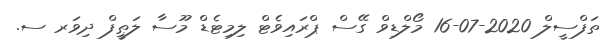
ތަފްސީލް 2020-07-16 މޯލްޑިވް ގޭސް ޕްރައިވެޓް ލިމިޓެޑް މޫސާ ލަޠީފް ދިވަރ ސ.